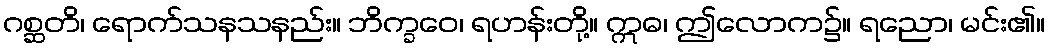
ဂစ္ဆတိ၊ ရောက်သနသနည်း။ ဘိက္ခဝေ၊ ရဟန်းတို့။ ဣဓ၊ ဤလောက၌။ ရညော၊ မင်း၏။